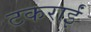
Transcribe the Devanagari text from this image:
टकराईं